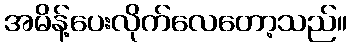
အမိန့်ပေးလိုက်လေတော့သည်။